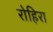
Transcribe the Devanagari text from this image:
रोहिरा